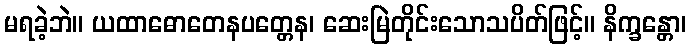
မရခဲ့ဘဲ။ ယထာဓောတေနပတ္တေန၊ ဆေးမြဲတိုင်းသောသပိတ်ဖြင့်။ နိက္ခန္တော၊